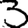
Digit: 3